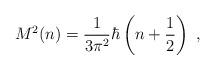
LaTeX: \begin{align*}M^{2}(n) = \frac{1}{3 \pi^{2}} \hbar \left( n +\frac{1}{2} \right) ~,\end{align*}